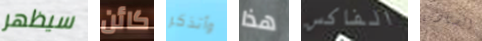
سيظهر كائن وأتذكر هذا الفاكس الصيادين